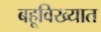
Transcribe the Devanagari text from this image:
बहूविख्यात